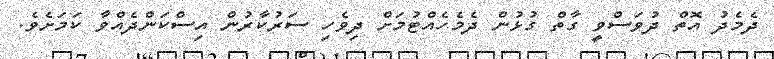
ދެމެދު އޮތް ދުވަސްވީ ގާތް ގުޅުން ދެމެހެއްޓުމަށް ދިވެހި ސަރުކާރުން އިސްކަންދެއްވާ ކަމަށެވެ.